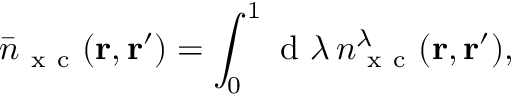
\bar { n } _ { \mathrm { ~ x ~ c ~ } } ( \ensuremath { \mathbf { r } } , \ensuremath { \mathbf { r } } ^ { \prime } ) = \int _ { 0 } ^ { 1 } \mathrm { ~ d ~ } \lambda \, n _ { \mathrm { ~ x ~ c ~ } } ^ { \lambda } ( \ensuremath { \mathbf { r } } , \ensuremath { \mathbf { r } } ^ { \prime } ) ,